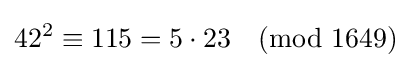
42^{2}\equiv 115=5\cdot 23{\pmod {1649}}